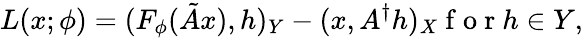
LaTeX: L(x;\phi)={(F_{\phi}(\tilde{A}x),h)_{Y}-(x,A^{\dagger}h)_{X}}\mathrm{~f~o~r~}h\in Y,